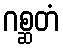
ဂစ္ဆတံ